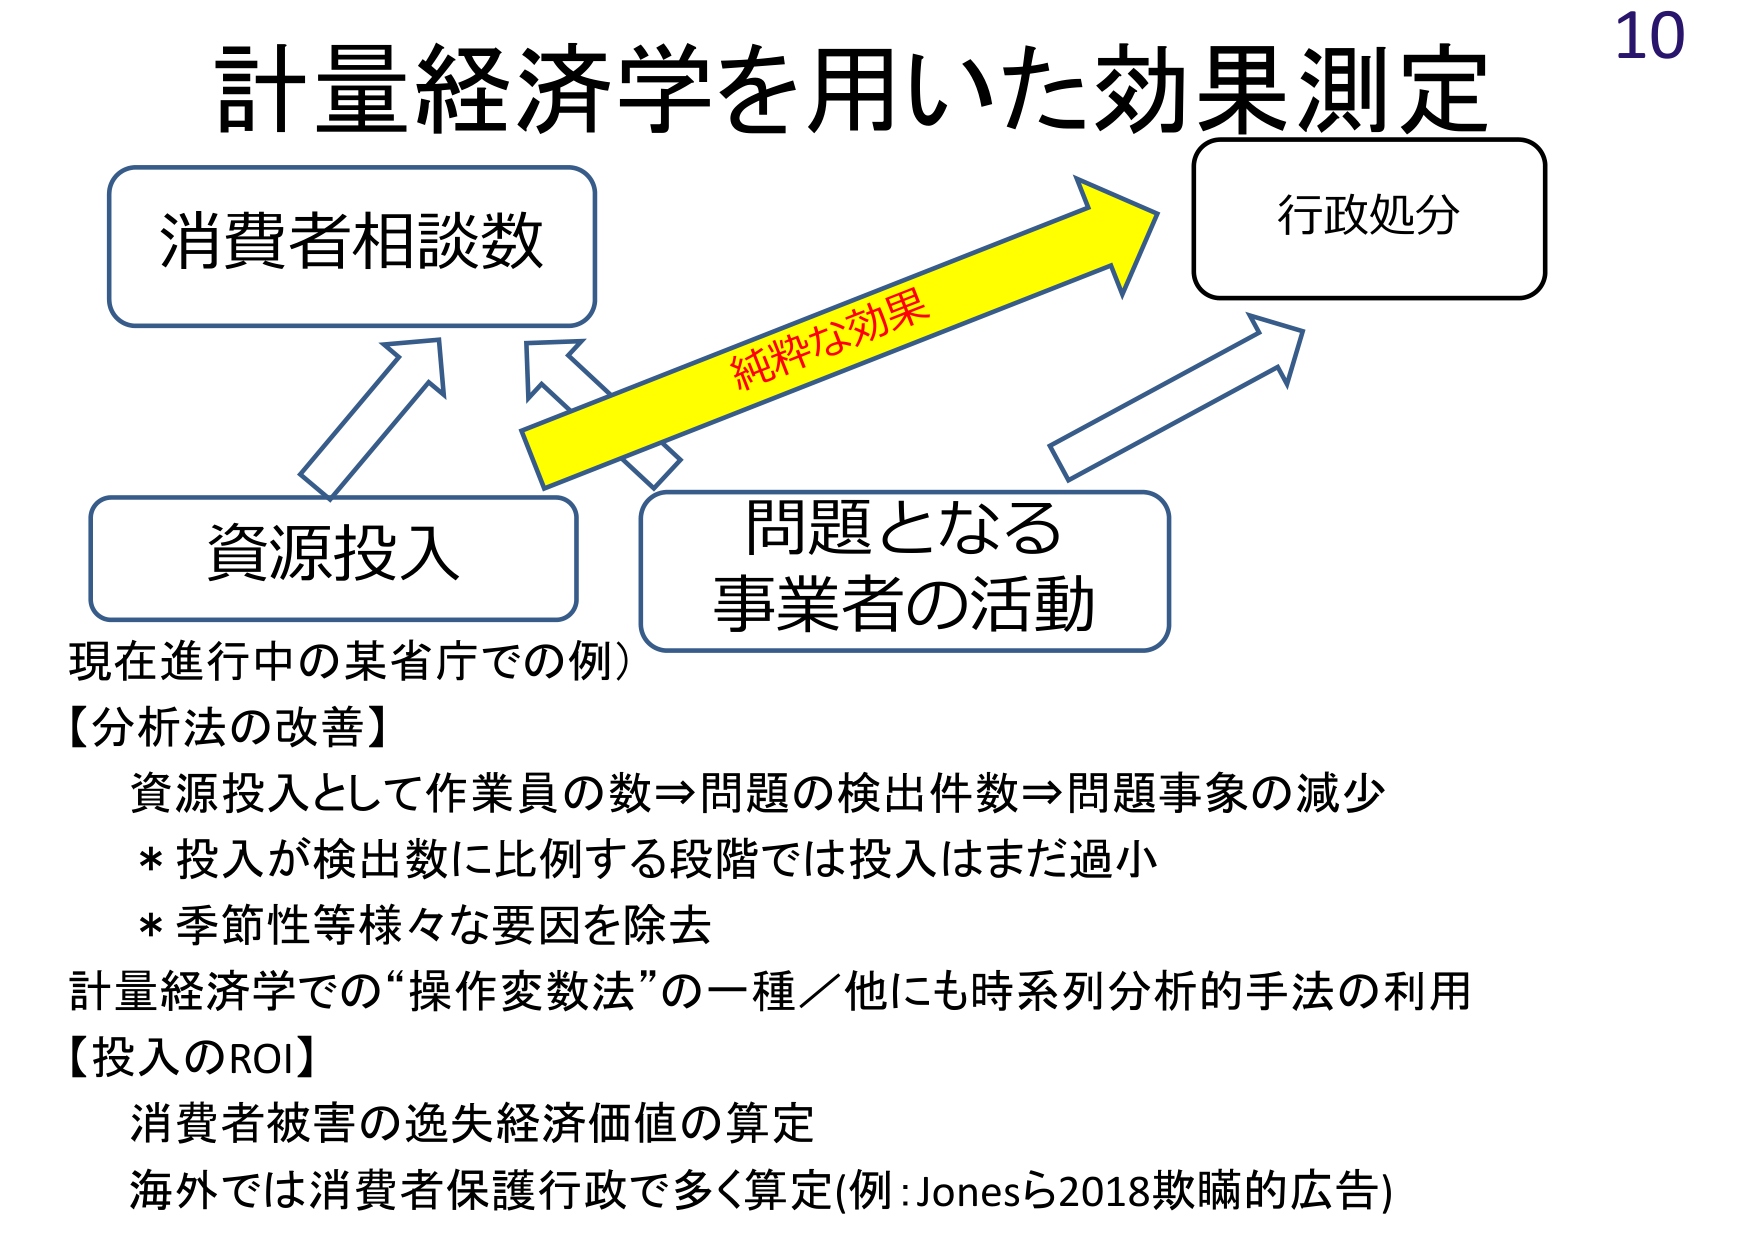
計量経済学を用いた効果測定
消費者相談数
資源投入
問題となる
事業者の活動
行政処分
純粋な効果
現在進行中の某省庁での例）
【分析法の改善】
資源投入として作業員の数⇒問題の検出件数⇒問題事象の減少
* 投入が検出数に比例する段階では投入はまだ過小
* 季節性等様々な要因を除去
計量経済学での“操作変数法”の一種／他にも時系列分析的手法の利用
【投入のROI】
消費者被害の逸失経済価値の算定
海外では消費者保護行政で多く算定(例:Jonesら2018欺瞞的広告)
10